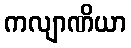
ကလျာဏိယာ